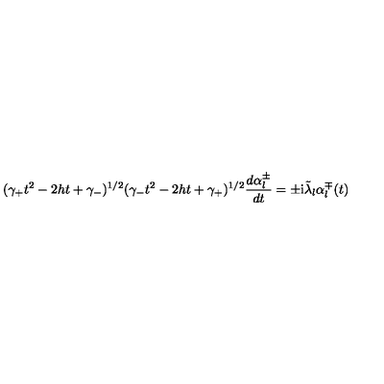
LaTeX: ( \gamma _ { + } t ^ { 2 } - 2 h t + \gamma _ { - } ) ^ { 1 / 2 } ( \gamma _ { - } t ^ { 2 } - 2 h t + \gamma _ { + } ) ^ { 1 / 2 } \frac { d \alpha _ { l } ^ { \pm } } { d t } = \pm \mathrm { i } \tilde { \lambda } _ { l } \alpha _ { l } ^ { \mp } ( t )